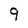
Character: 9